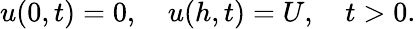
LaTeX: u(0,t)=0,\quad u(h,t)=U,\quad t>0.